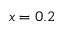
x = 0 . 2